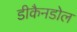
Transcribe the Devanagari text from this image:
डीकैनडोल